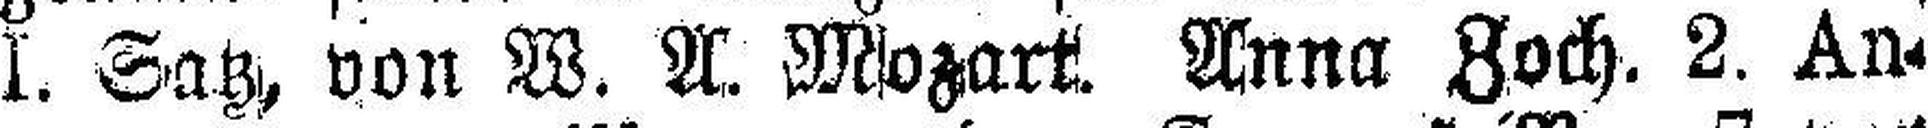
I. Satz, von W. A. Mozart. Anna Zoch. 2. An¬